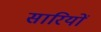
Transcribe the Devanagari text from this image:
सारियों